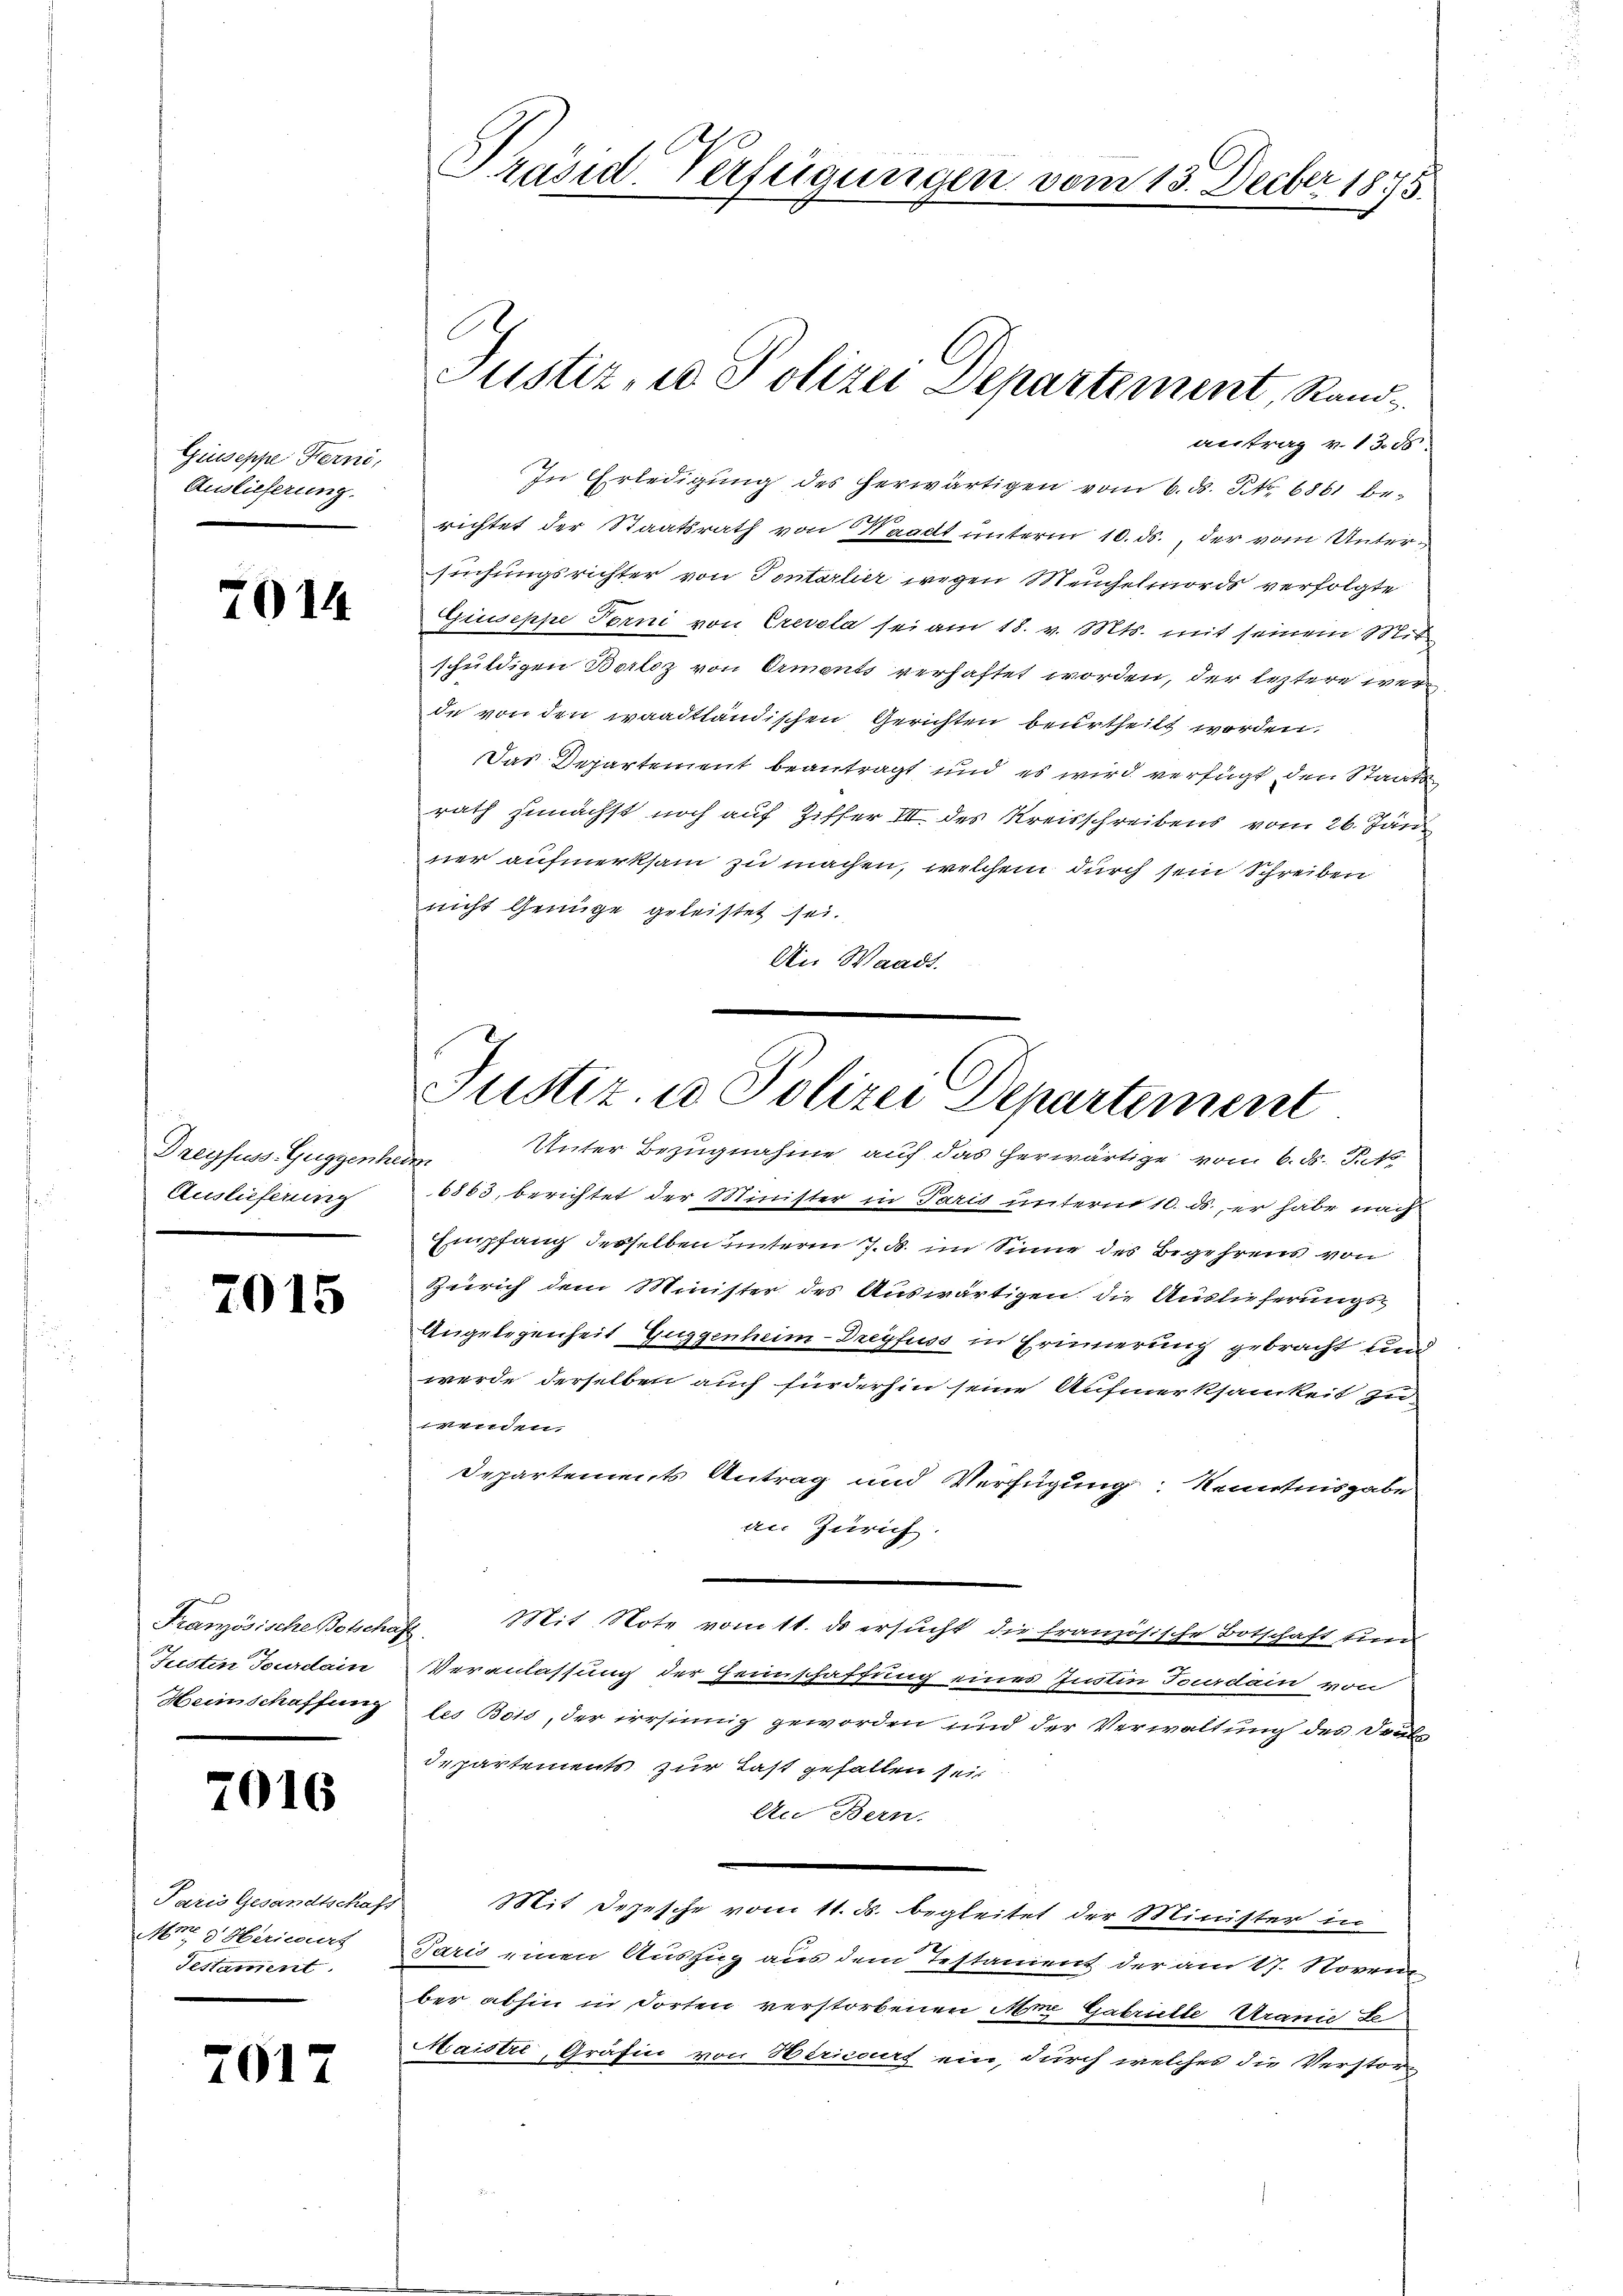
Giuseppe Ferne,
Auslieferung.

7014.

Dreyfes. Guggenheder
Auslieferung

2015

Französische Botschaft.
Justin Fourdain

7016

Paris Gesandtschaf
Am. 3. Herieurs
Testament.

7017

antrag v. 13. d.
In Erledigung des herwärtigen vom 6. ds. S. 6861 berichtet der Staatsrath von Waadt unterm 10. ds., der vom Untersuchungsrichter von Tentarlier wegen Meuchelmords verfolgte
Giuseppe Forni von Crevola sei am 18. v. Mts. mit seinem Mit
schuldigen Borloz von Ormonts verhaftet worden, der leztere wen
de von den waadtländischen Gerichten beurtheilt worden.
Das Departement beantragt und es wird verfügt, den Staate
rath zunächst noch auf Ziffer III des Kreisschreibens vom 26. Jän
ner aufmerksam zu machen, welchem durch sein Schreiben
nicht Genüge geleistet sei.
Ais Waadt.

6863, berichtet der Minister in Paris unternt 10. ds., er habe nach
Empfang desselben unterm 7. d. im Sinne des Begehrens von
Zürich dem Minister des Auswärtigen die Auslieferungs¬
Angelegenheit Guggenheim-Dreyfuss in Erinnerung gebracht und
werde derselben auch fürderhin seine Aufmerksamkeit zu
wenden.
Departements Antrag und Verfügung Kenntnisgabe
an Zürich.
Mit Note vom 11. ds ersucht die französische Botschaft eine
Veranlassung der Heimschaffung eines Instin Fourdam von
Heimschaffung les Bois, der irrsinnig geworden und der Verwaltung des Deuts
departements zur Last gefallen sei
An Bern.
sich
Mit Depesche vom 11. ds. begleitet der Minister in
Paris einen Auszug aus dem Testanient der am 17. Noven
ber abhin in dorten verstorbenen Am Gabrielle Uranie de
Maistre, Gräfin von Bericours ein, durch welches die Verstor¬

t
Präsid. Verfügungen vom 13. Decbr. 1875.

Justiz- u Polizei Separtement, Rand¬

Justiz- u Polizei Departement
Unter Bezugnahme auf das herwärtige vom 6. ds. Ruts